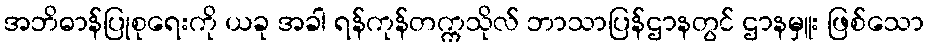
အဘိဓာန်ပြုစုရေးကို ယခု အခါ ရန်ကုန်တက္ကသိုလ် ဘာသာပြန်ဌာနတွင် ဌာနမှူး ဖြစ်သော